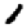
Digit: 1